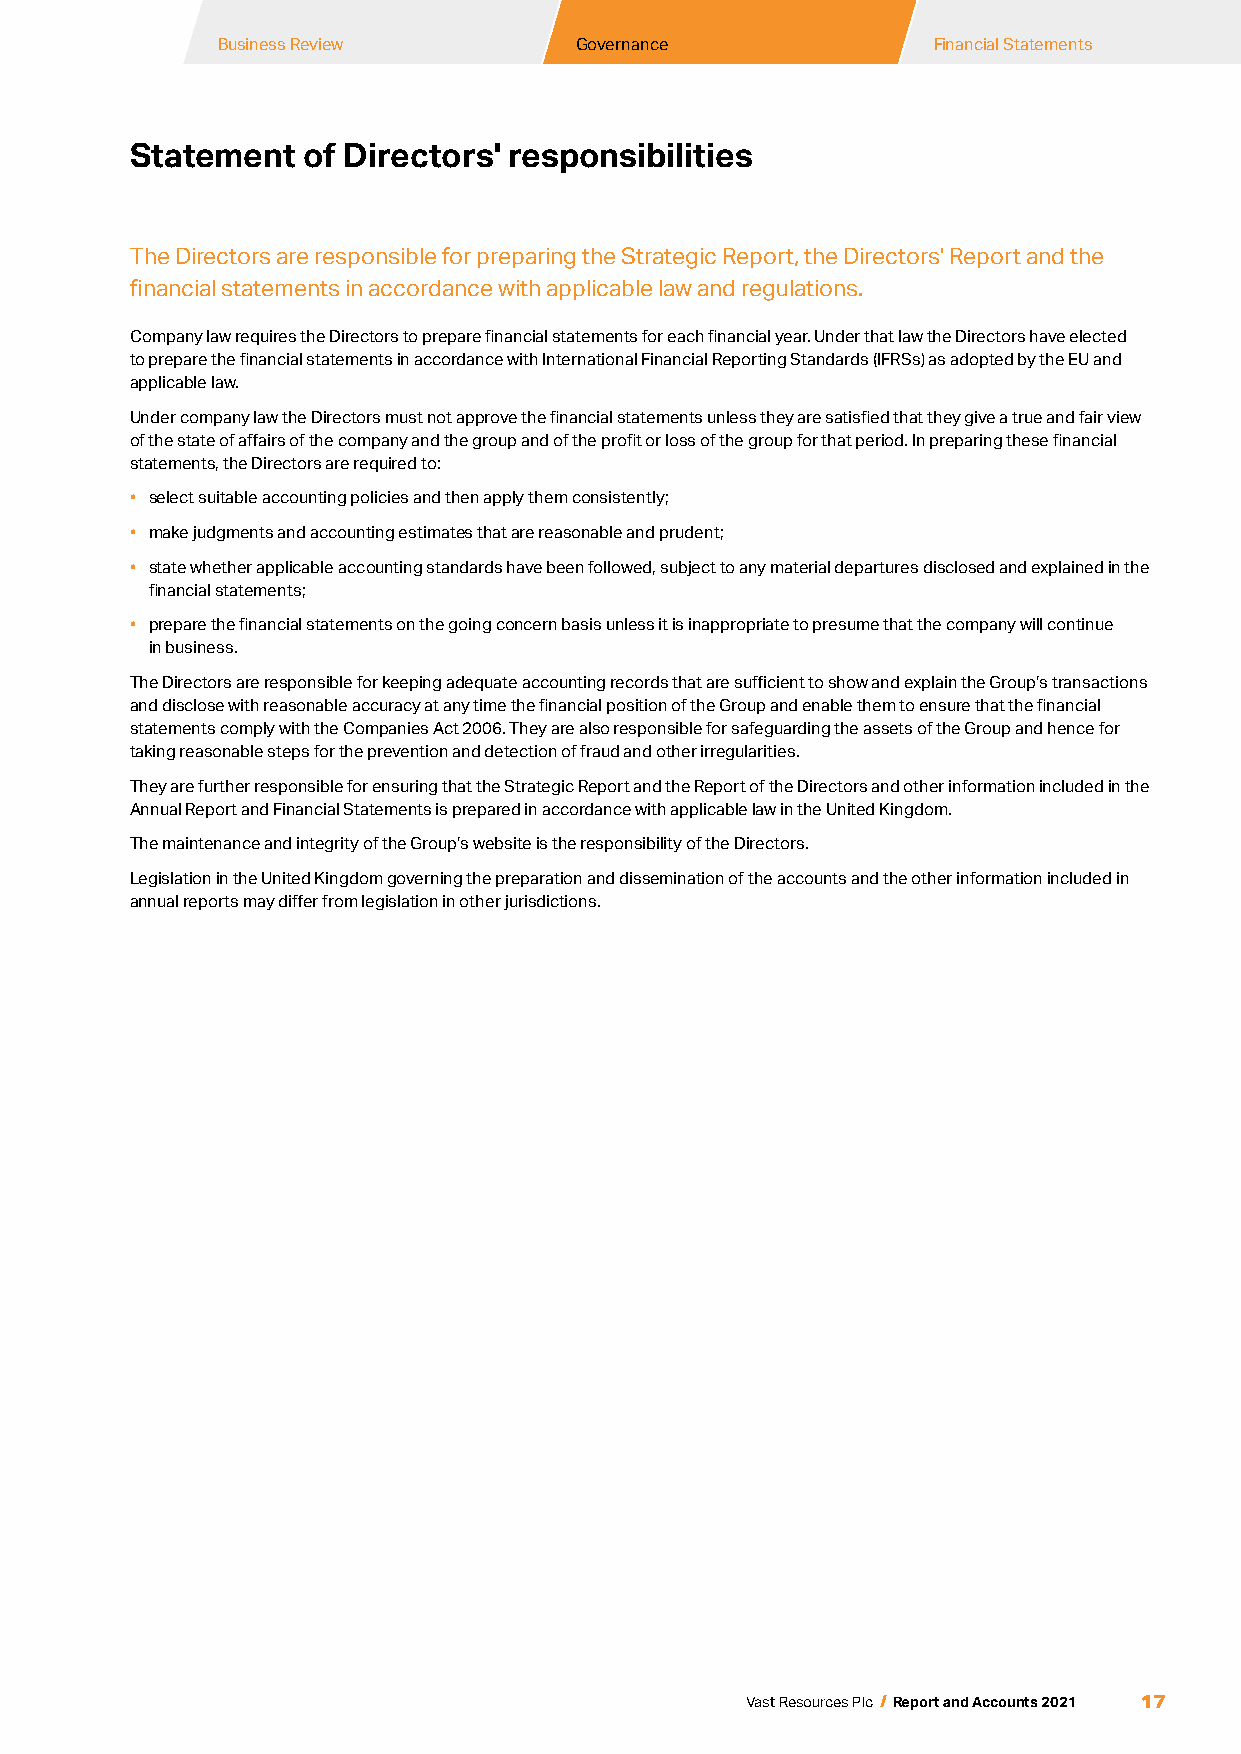
Business Review        Governance              Financial Statements
 Statement  of Directors' responsibilities
 The Directors are responsible for preparing the Strategic Report, the Directors' Report and the
 financial statements in accordance with applicable law and regulations.
 Company law requires the Directors to prepare financial statements for each financial year. Under that law the Directors have elected
 to prepare the financial statements in accordance with International Financial Reporting Standards (IFRSs) as adopted by the EU and
 applicable law.
 Under company law the Directors must not approve the financial statements unless they are satisfied that they give a true and fair view
 of the state of affairs of the company and the group and of the profit or loss of the group for that period. In preparing these financial
 statements, the Directors are required to:
 • select suitable accounting policies and then apply them consistently;
 • make judgments and accounting estimates that are reasonable and prudent;
 • state whether applicable accounting standards have been followed, subject to any material departures disclosed and explained in the
 financial statements;
 • prepare the financial statements on the going concern basis unless it is inappropriate to presume that the company will continue
 in business.
 The Directors are responsible for keeping adequate accounting records that are sufficient to show and explain the Group’s transactions
 and disclose with reasonable accuracy at any time the financial position of the Group and enable them to ensure that the financial
 statements comply with the Companies Act 2006. They are also responsible for safeguarding the assets of the Group and hence for
 taking reasonable steps for the prevention and detection of fraud and other irregularities.
 They are further responsible for ensuring that the Strategic Report and the Report of the Directors and other information included in the
 Annual Report and Financial Statements is prepared in accordance with applicable law in the United Kingdom.
 The maintenance and integrity of the Group’s website is the responsibility of the Directors.
 Legislation in the United Kingdom governing the preparation and dissemination of the accounts and the other information included in
 annual reports may differ from legislation in other jurisdictions.
 17
 Vast Resources Plc / Report and Accounts 2021